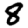
Digit: 8